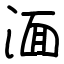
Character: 湎